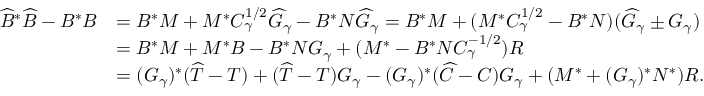
\begin{array} { r l } { \widehat { B } ^ { * } \widehat { B } - B ^ { * } B } & { = B ^ { * } M + M ^ { * } C _ { \gamma } ^ { 1 / 2 } \widehat { G } _ { \gamma } - B ^ { * } N \widehat { G } _ { \gamma } = B ^ { * } M + ( M ^ { * } C _ { \gamma } ^ { 1 / 2 } - B ^ { * } N ) ( \widehat { G } _ { \gamma } \pm G _ { \gamma } ) } \\ & { = B ^ { * } M + M ^ { * } B - B ^ { * } N G _ { \gamma } + ( M ^ { * } - B ^ { * } N C _ { \gamma } ^ { - 1 / 2 } ) R } \\ & { = ( G _ { \gamma } ) ^ { * } ( \widehat { T } - T ) + ( \widehat { T } - T ) G _ { \gamma } - ( G _ { \gamma } ) ^ { * } ( \widehat { C } - C ) G _ { \gamma } + ( M ^ { * } + ( G _ { \gamma } ) ^ { * } N ^ { * } ) R . } \end{array}